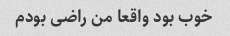
خوب بود واقعا من راضی بودم